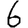
Digit: 6